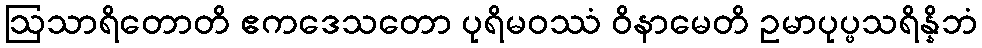
ဩသာရိတောတိ ဧကဒေသတော ပုရိမဝဿံ ဝိနာမေတိ ဥမာပုပ္ဖသရိန္နိဘံ